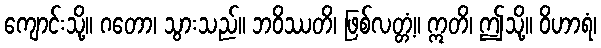
ကျောင်းသို့။ ဂတော၊ သွားသည်။ ဘဝိဿတိ၊ ဖြစ်လတ္တံ့။ ဣတိ၊ ဤသို့။ ဝိဟာရံ၊